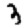
Digit: 3